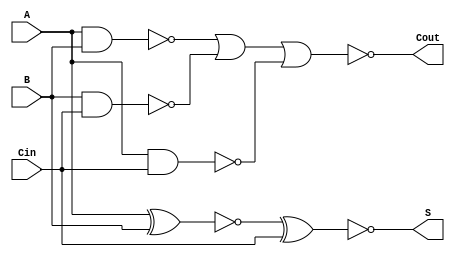
module Negative_Circuit_Full_Adder (
    input wire A,    // First input bit (active low)
    input wire B,    // Second input bit (active low)
    input wire Cin,  // Carry-in bit (active low)
    output wire S,   // Sum output bit (active low)
    output wire Cout // Carry-out output bit (active low)
);

// Internal wires for intermediate computations
wire AxorB;       // A XOR B
wire AxorB_xor_Cin; // (A XOR B) XOR Cin
wire A_and_B;     // A AND B
wire B_and_Cin;   // B AND Cin
wire A_and_Cin;   // A AND Cin
wire or_output;   // Intermediate output for carry out logic

// Compute A XOR B (active low)
assign AxorB = ~(A ^ B);

// Compute (A XOR B) XOR Cin (active low)
assign AxorB_xor_Cin = ~(AxorB ^ Cin);

// Compute the sum output S (active low)
assign S = AxorB_xor_Cin;

// Compute intermediate AND outputs
assign A_and_B = ~(A & B);
assign B_and_Cin = ~(B & Cin);
assign A_and_Cin = ~(A & Cin);

// Compute the OR output for carry-out
assign or_output = ~(A_and_B | B_and_Cin | A_and_Cin);

// Compute the carry-out output Cout (active low)
assign Cout = or_output;

endmodule